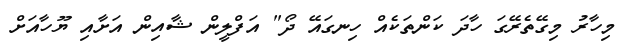
މިހާރު މިގޭތެރޭގަ ހާދަ ކަންތަކެއް ހިނގައޭ ދޯ" އަފްލީން ޝާއިން އަށާއި ޔޫހާއަށް